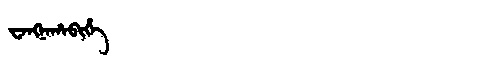
Manchu: ᠸᠠᠩᠨᠠᡥᠠᠪᡳᡥᡝ
Romanization: WANGNAHABIHE